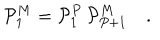
LaTeX: { \cal P } _ { 1 } ^ { M } = { \cal P } _ { 1 } ^ { P } \, { \cal P } _ { P + 1 } ^ { M } \quad .